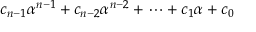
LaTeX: c _ { n - 1 } \alpha ^ { n - 1 } + c _ { n - 2 } \alpha ^ { n - 2 } + \cdots + c _ { 1 } \alpha + c _ { 0 }